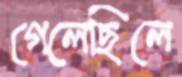
গেলেছিলে